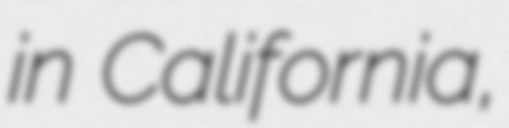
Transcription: in California,